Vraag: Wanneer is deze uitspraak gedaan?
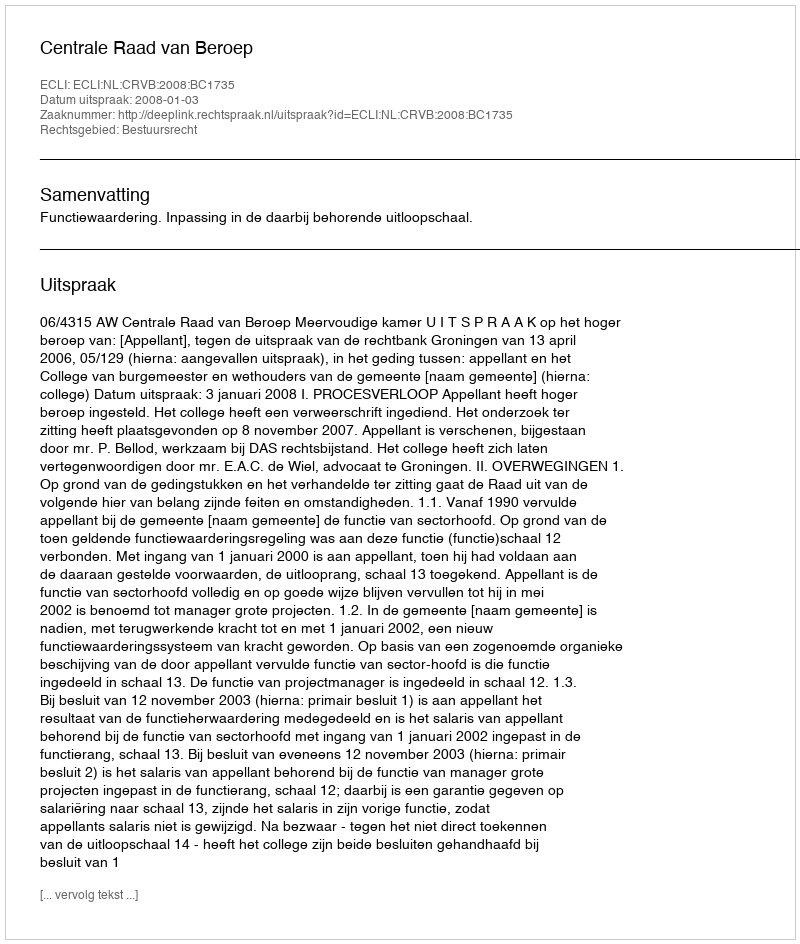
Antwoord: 2008-01-03